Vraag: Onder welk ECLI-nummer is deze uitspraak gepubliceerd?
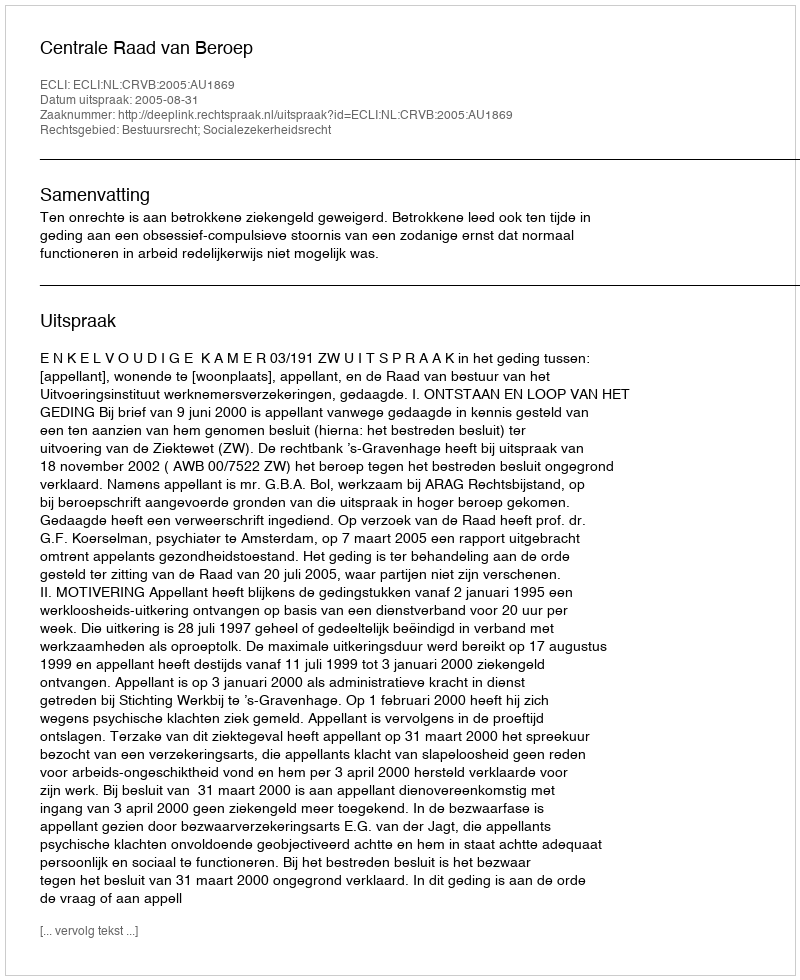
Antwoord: ECLI:NL:CRVB:2005:AU1869